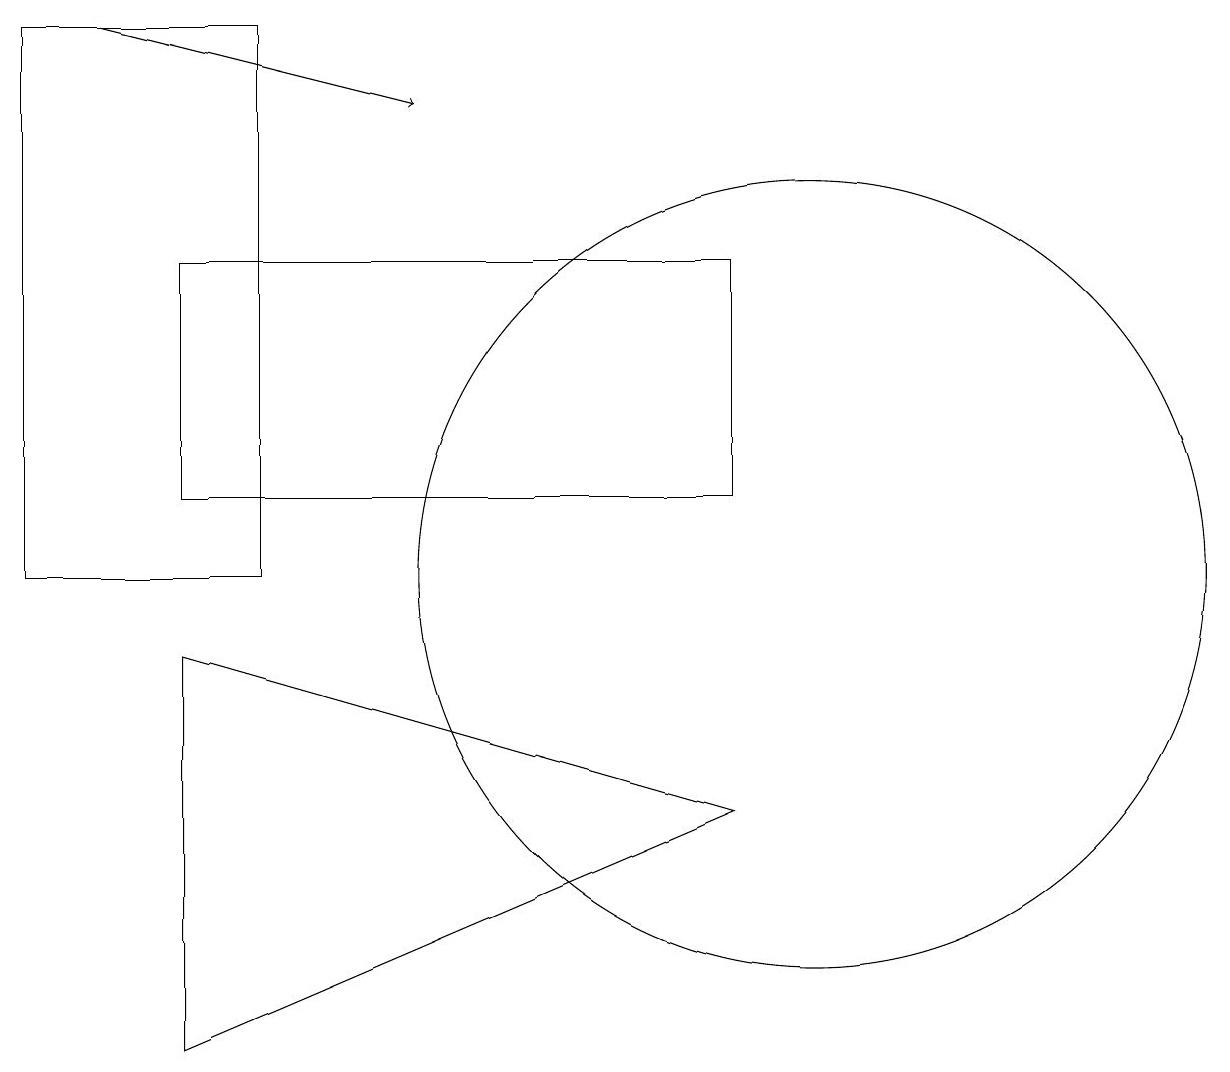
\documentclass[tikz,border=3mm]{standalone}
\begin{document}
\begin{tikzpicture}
\draw (9,7) -- (2,4) -- (2,9) -- cycle;
\draw (3,17) rectangle (0,10);
\draw (10,10) circle (5);
\draw[->] (1,17) -- (5,16);
\draw (9,11) rectangle (2,14);
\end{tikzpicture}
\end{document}